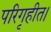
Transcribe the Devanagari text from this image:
परिगृहीत।